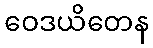
ဝေဒယိတေန